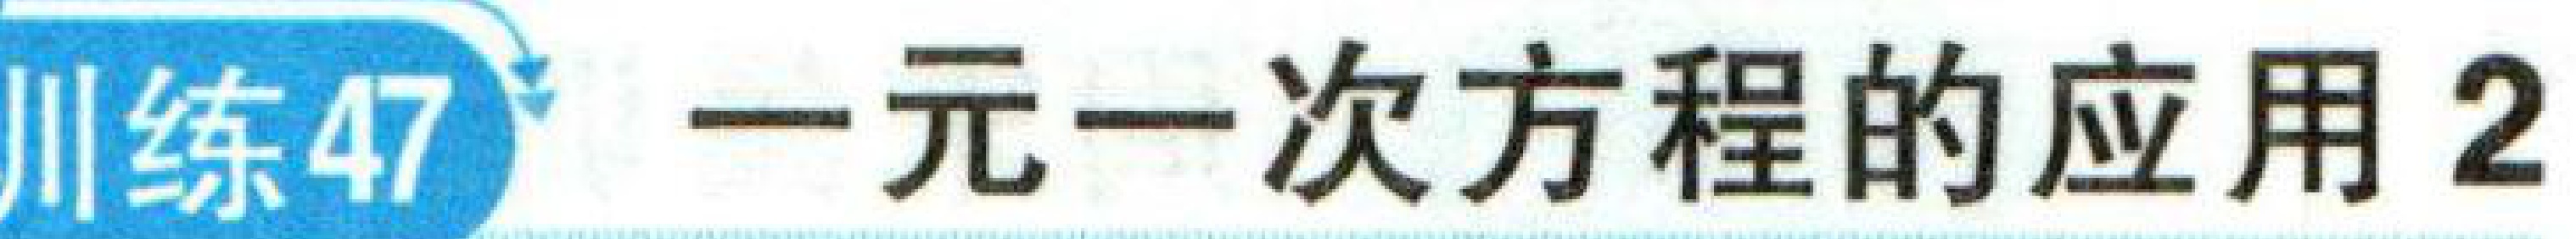
川练47  一元一次方程的应用2